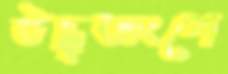
উদ্ধৃতাংশে